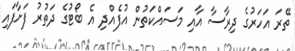
ތޭރަ އަހަރުގެ ދިރާސާ އާއި މަސައްކަތުން އުފެއްދި އެ ބޯޓުގެ ދަތުރު ފަށާފައި